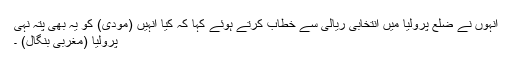
انہوں نے ضلع پرولیا میں انتخابی ریالی سے خطاب کرتے ہوئے کہا کہ کیا انہیں (مودی) کو یہ بھی پتہ نہی
پرولیا (مغربی بنگال) ۔